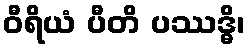
ဝီရိယံ ပီတိ ပဿဒ္ဓိ၊